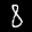
Label: 8